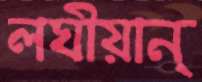
লঘীয়ান্‌